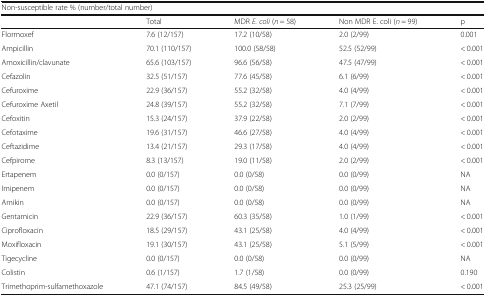
<table><thead><tr><td colspan="5"><b>Non-susceptible rate % (number/total number)</b></td></tr><tr><td></td><td><b>Total</b></td><td><b>MDR <i>E. coli</i> (<i>n</i> = 58)</b></td><td><b>Non MDR E. coli (<i>n</i> = 99)</b></td><td><b>p</b></td></tr></thead><tbody><tr><td>Flormoxef</td><td>7.6 (12/157)</td><td>17.2 (10/58)</td><td>2.0 (2/99)</td><td>0.001</td></tr><tr><td>Ampicillin</td><td>70.1 (110/157)</td><td>100.0 (58/58)</td><td>52.5 (52/99)</td><td>&lt; 0.001</td></tr><tr><td>Amoxicillin/clavunate</td><td>65.6 (103/157)</td><td>96.6 (56/58)</td><td>47.5 (47/99)</td><td>&lt; 0.001</td></tr><tr><td>Cefazolin</td><td>32.5 (51/157)</td><td>77.6 (45/58)</td><td>6.1 (6/99)</td><td>&lt; 0.001</td></tr><tr><td>Cefuroxime</td><td>22.9 (36/157)</td><td>55.2 (32/58)</td><td>4.0 (4/99)</td><td>&lt; 0.001</td></tr><tr><td>Cefuroxime Axetil</td><td>24.8 (39/157)</td><td>55.2 (32/58)</td><td>7.1 (7/99)</td><td>&lt; 0.001</td></tr><tr><td>Cefoxitin</td><td>15.3 (24/157)</td><td>37.9 (22/58)</td><td>2.0 (2/99)</td><td>&lt; 0.001</td></tr><tr><td>Cefotaxime</td><td>19.6 (31/157)</td><td>46.6 (27/58)</td><td>4.0 (4/99)</td><td>&lt; 0.001</td></tr><tr><td>Ceftazidime</td><td>13.4 (21/157)</td><td>29.3 (17/58)</td><td>4.0 (4/99)</td><td>&lt; 0.001</td></tr><tr><td>Cefpirome</td><td>8.3 (13/157)</td><td>19.0 (11/58)</td><td>2.0 (2/99)</td><td>&lt; 0.001</td></tr><tr><td>Ertapenem</td><td>0.0 (0/157)</td><td>0.0 (0/58)</td><td>0.0 (0/99)</td><td>NA</td></tr><tr><td>Imipenem</td><td>0.0 (0/157)</td><td>0.0 (0/58)</td><td>0.0 (0/99)</td><td>NA</td></tr><tr><td>Amikin</td><td>0.0 (0/157)</td><td>0.0 (0/58)</td><td>0.0 (0/99)</td><td>NA</td></tr><tr><td>Gentamicin</td><td>22.9 (36/157)</td><td>60.3 (35/58)</td><td>1.0 (1/99)</td><td>&lt; 0.001</td></tr><tr><td>Ciprofloxacin</td><td>18.5 (29/157)</td><td>43.1 (25/58)</td><td>4.0 (4/99)</td><td>&lt; 0.001</td></tr><tr><td>Moxifloxacin</td><td>19.1 (30/157)</td><td>43.1 (25/58)</td><td>5.1 (5/99)</td><td>&lt; 0.001</td></tr><tr><td>Tigecycline</td><td>0.0 (0/157)</td><td>0.0 (0/58)</td><td>0.0 (0/99)</td><td>NA</td></tr><tr><td>Colistin</td><td>0.6 (1/157)</td><td>1.7 (1/58)</td><td>0.0 (0/99)</td><td>0.190</td></tr><tr><td>Trimethoprim-sulfamethoxazole</td><td>47.1 (74/157)</td><td>84.5 (49/58)</td><td>25.3 (25/99)</td><td>&lt; 0.001</td></tr></tbody></table>